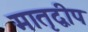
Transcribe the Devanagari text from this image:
मातृद्वीप